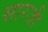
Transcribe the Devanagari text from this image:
सारजी